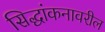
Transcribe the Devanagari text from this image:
सिद्धांकनावरील